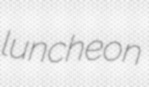
luncheon